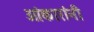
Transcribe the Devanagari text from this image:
ओंकारांनी